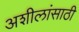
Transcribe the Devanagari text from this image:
अशीलांसाठी